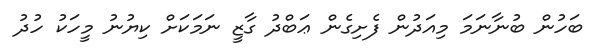
ބަހުން ބުނާނަަމަ މިއަދުން ފެށިގެން ޢަބްދު ގާޒީ ނަމަކަށް ކިޔުނު މީހަކު ހުދު